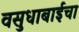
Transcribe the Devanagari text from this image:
वसुधाबाईचा